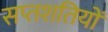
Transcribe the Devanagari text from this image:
सप्तशतियों